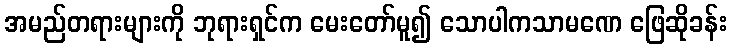
အမည်တရားများကို ဘုရားရှင်က မေးတော်မူ၍ သောပါကသာမဏေ ဖြေဆိုခန်း